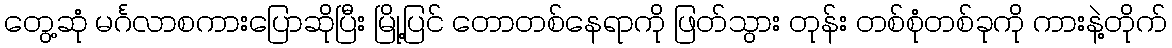
တွေ့ဆုံ မင်္ဂလာစကားပြောဆိုပြီး မြို့ပြင် တောတစ်နေရာကို ဖြတ်သွား တုန်း တစ်စုံတစ်ခုကို ကားနဲ့တိုက်